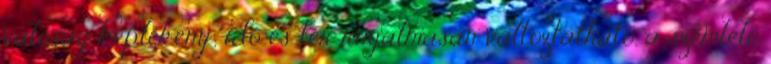
valóság képlékeny; idő és tér rugalmasan változtatható, a szemlélő